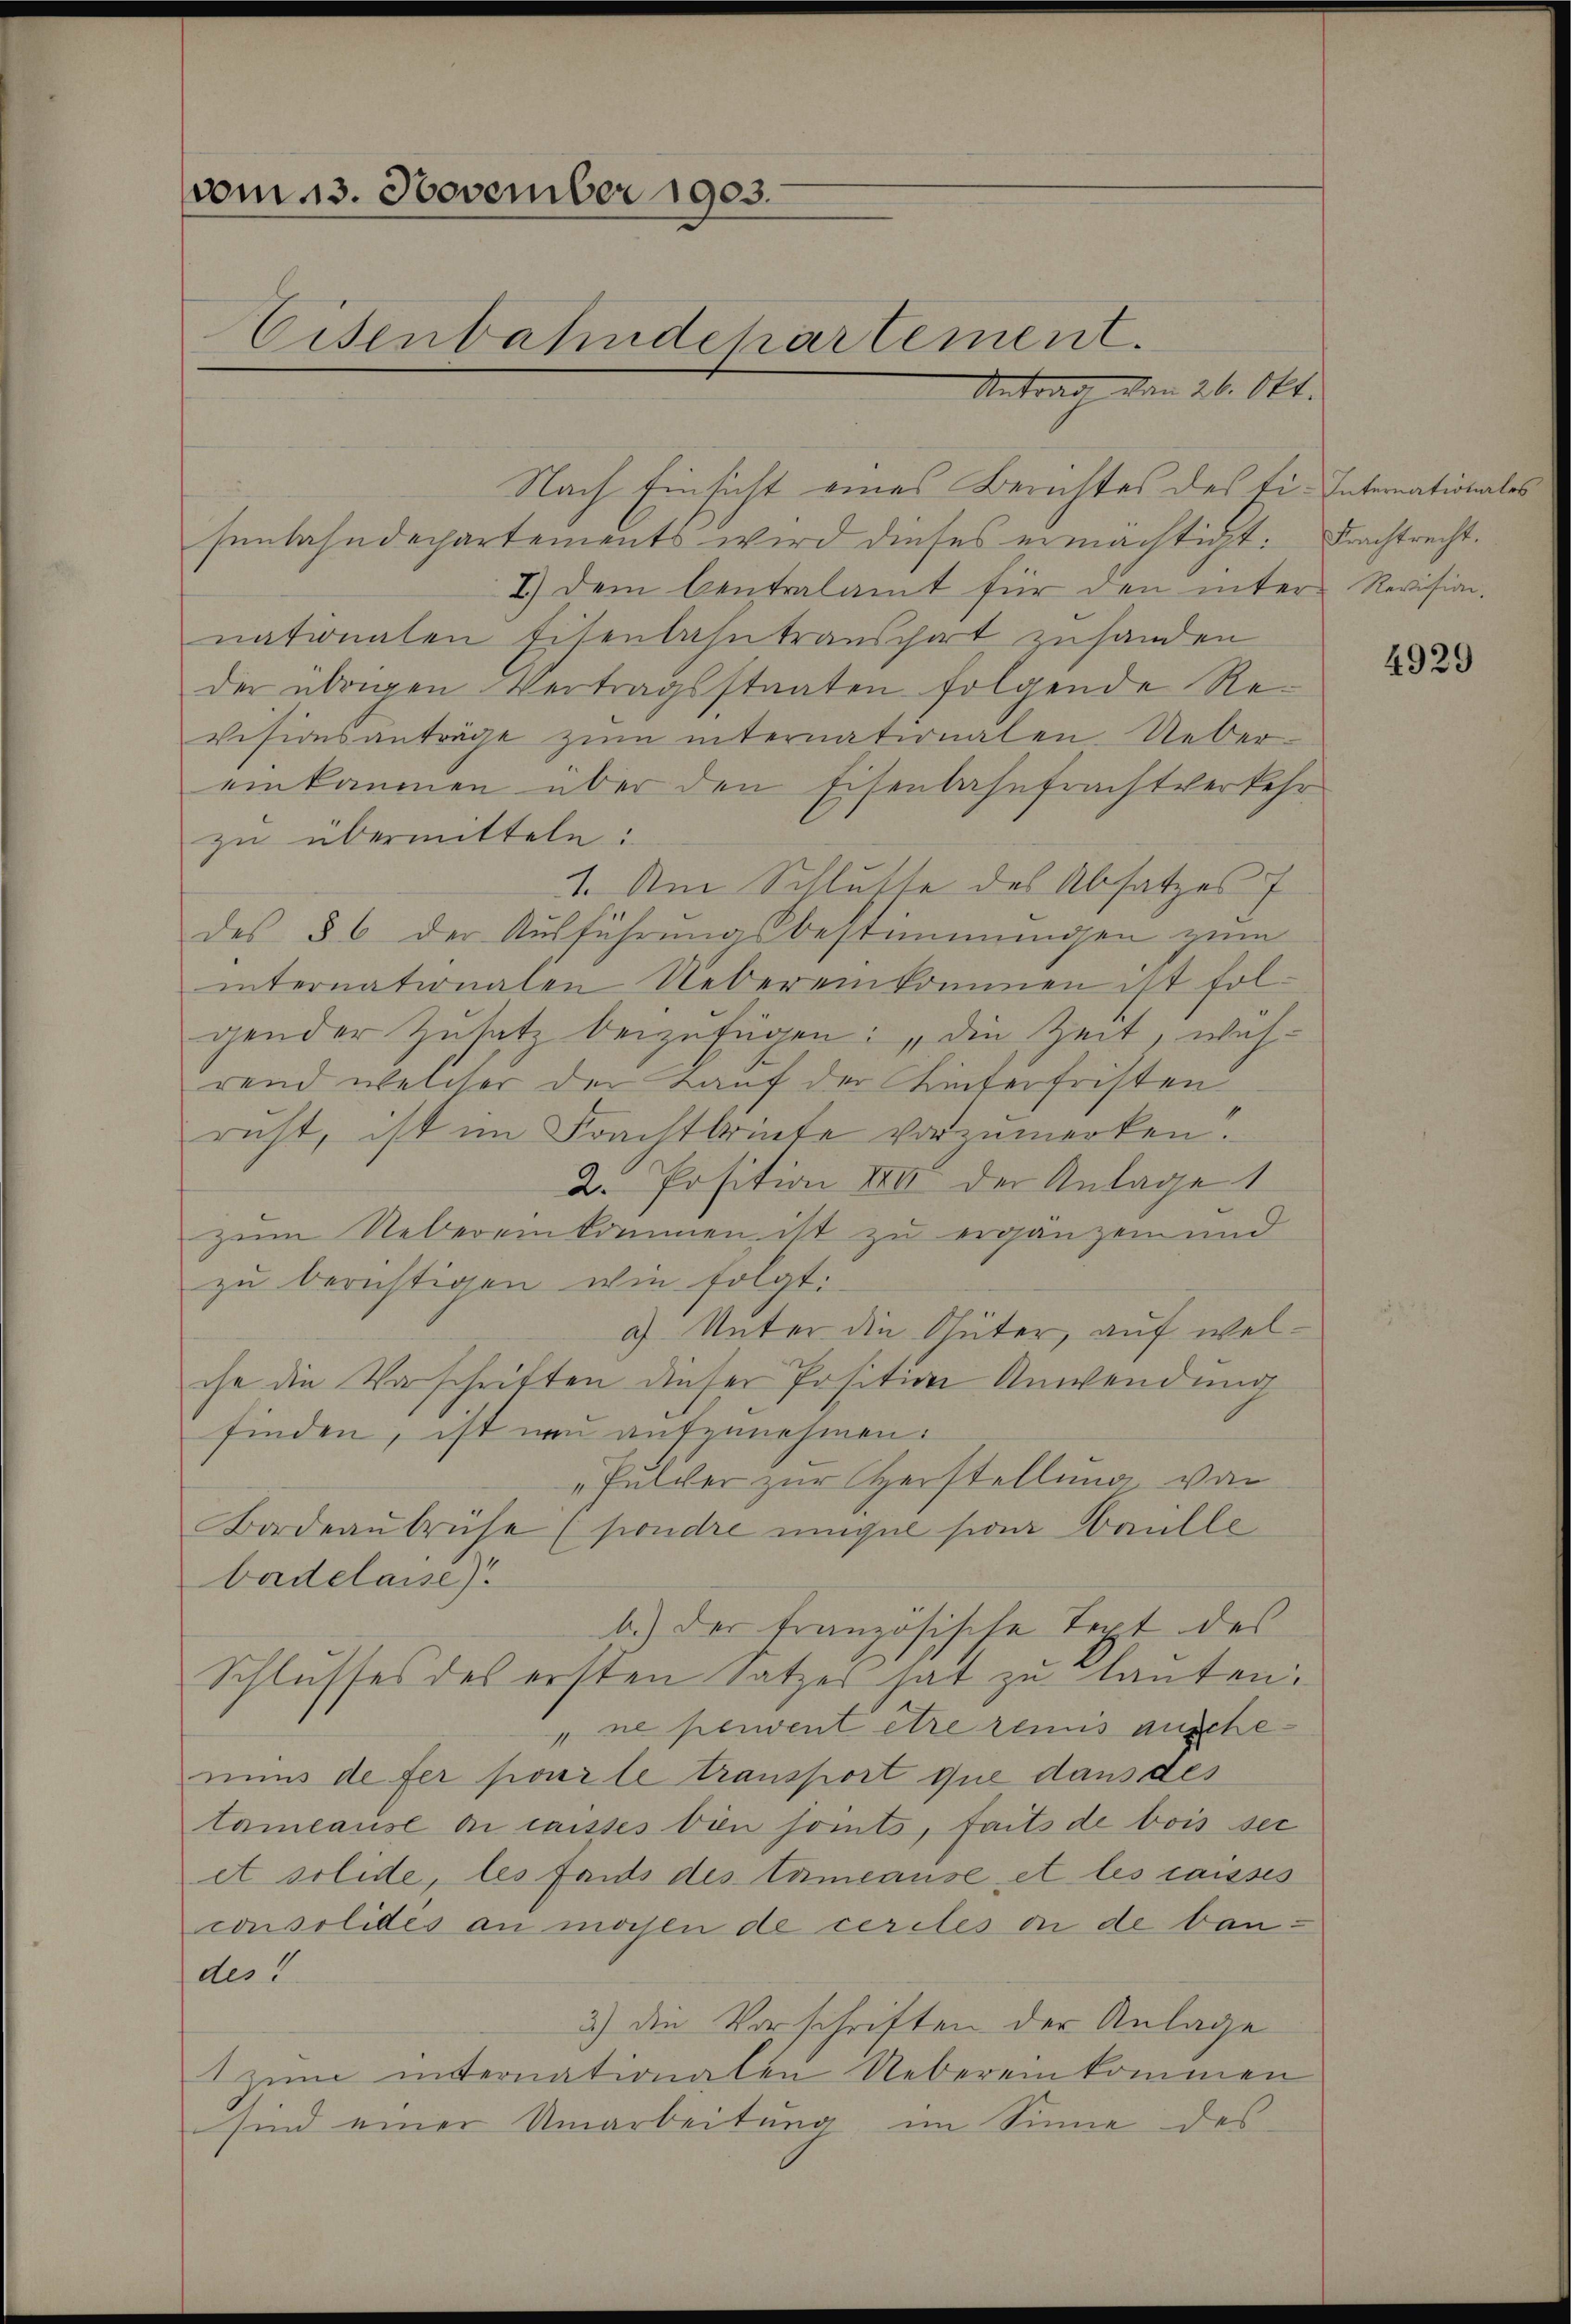
vom 13. November 1903.
Eisenbahndchartement.
Antrag den 26. Okt.

Nach Einsicht eines Berichtes des ti. Internationales
senbahndepartements wird dieses ermächtigt: Frachtrecht.
7.) Dem Centralamt für den inter Revision,
nationalen Eisenbahntranschart zusanden
der übrigen Vertragsstaaten folgende Revisionsanträge zŭm internationalen. Ueber-
einkommen über den Eisenbahnfrachtverkehr
zu übermitteln:
1. Am Schluste des Absatzes f
des § 6 der Aŭsführŭngsbestimmungen zum
internationalen Uebereinkommen ist fol-
gender Zutate beizufügen: „die Zeit, während welcher der Kauf der Hinterfristen
ruht, ist im Frachtbrücke vorzumerken.
2. Position XXII der Anlage 1
zum Uebereinkommen ist zu ergänzen und
zu berichtigen wie folgt:
9) Unter die Güter, auf welche die Vorschriften dieser Position Anwendung
finden, ist neu aufzunehmen.
„Felder zur Verstellung von
Bodeaŭbrühe (pondre eigel sie nulle
badelasse)
b.) Der Franzötikle Text des
Schlusses des ersten Satzes hat zu Clauten:
"ne peuvent être remis auschemins de fer pour le transport que dans des
tamcause di caisses bin soints, faits de bois sei
et solide, les fonds des tamcause et les caisses
consolides an machen de cerites on de bauder 3.
3) die Vorschriften der Anlage
1 zum internationalen Uebereinkommen
sind einer Umarbeitung im Sinne des

4929